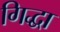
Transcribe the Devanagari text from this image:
गिद्धा